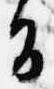
旨